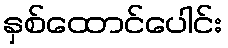
နှစ်ထောင်ပေါင်း